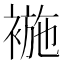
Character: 𧛖